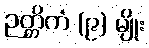
ဉတ္တိကံ (၉) မျိုး